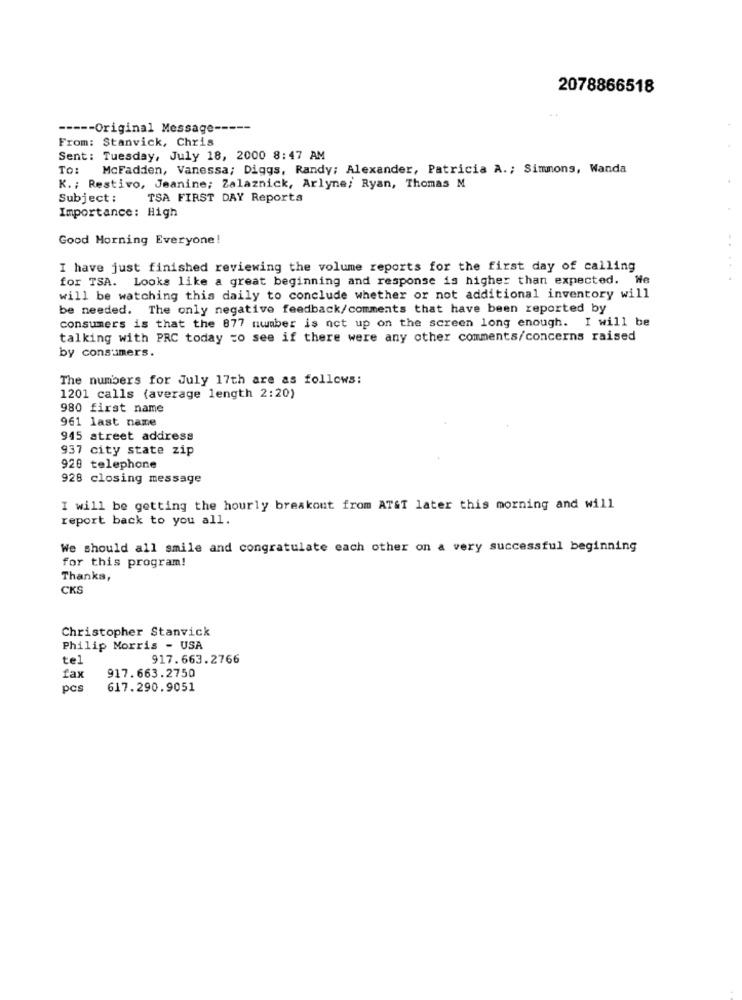
2078866518
----- Original Message -----
From: Stanvick, Chris
Sent: Tuesday, July 18, 2000 8:47 AM
TO:
McFadden, Vanessa; Diggs, Randy; Alexander, Patricia A .; Simmons, Wanda
K .; Restivo, Jeanine; Zalaznick, Arlyne; Ryan, Thomas M
Subject :
TSA FIRST DAY Reports
Importance: High
Good Morning Everyone!
I have just finished reviewing the volume reports for the first day of calling
for TSA. Looks like a great beginning and response is higher than expected. We
will be watching this daily to conclude whether or not additional inventory will
be needed. The only negative feedback/comments that have been reported by
consumers is that the 877 number is not up on the screen long enough. I will be
talking with PRC today to see if there were any other comments/concerns raised
by consumers.
The numbers for July 17th are as follows:
1201 calls (average length 2:20)
980 first name
961 last name
945 street address
937 city state zip
920 telephone
928 closing message
I will be getting the hourly breakout from AT&T later this morning and will
report back to you all.
We should all smile and congratulate each other on a very successful beginning
for this program!
Thanks,
CKS
Christopher Stanvick
Philip Morris - USA
te
917.663.2766
fax
917.663.2750
pcs
617.290.9051